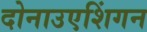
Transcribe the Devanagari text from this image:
दोनाउएशिंगन